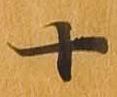
十